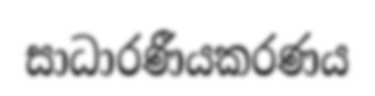
සාධාරණීයකරණය